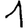
Digit: 1